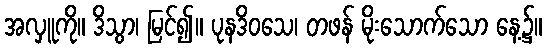
အလှူကို။ ဒိသွာ၊ မြင်၍။ ပုနဒိဝသေ၊ တဖန် မိုးသောက်သော နေ့၌။